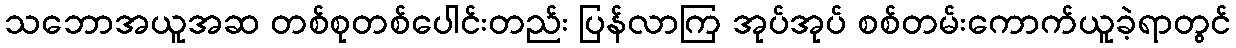
သဘောအယူအဆ တစ်စုတစ်ပေါင်းတည်း ပြန်လာကြ အုပ်အုပ် စစ်တမ်းကောက်ယူခဲ့ရာတွင်